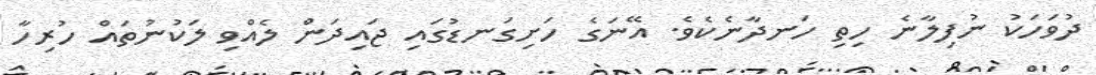
ދުވަހަކު ނުފިލާނެ ހިތި ހަނދާނެކެވެ. އޭނަގެ ހަށިގަނޑުގައި ޖައިދަން ލެއްވި ލަކުނުތައް ހުރިހާ